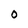
Character: 0